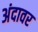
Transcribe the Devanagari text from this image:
अंदावर